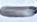
Text: -